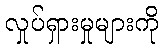
လှုပ်ရှားမှုများကို